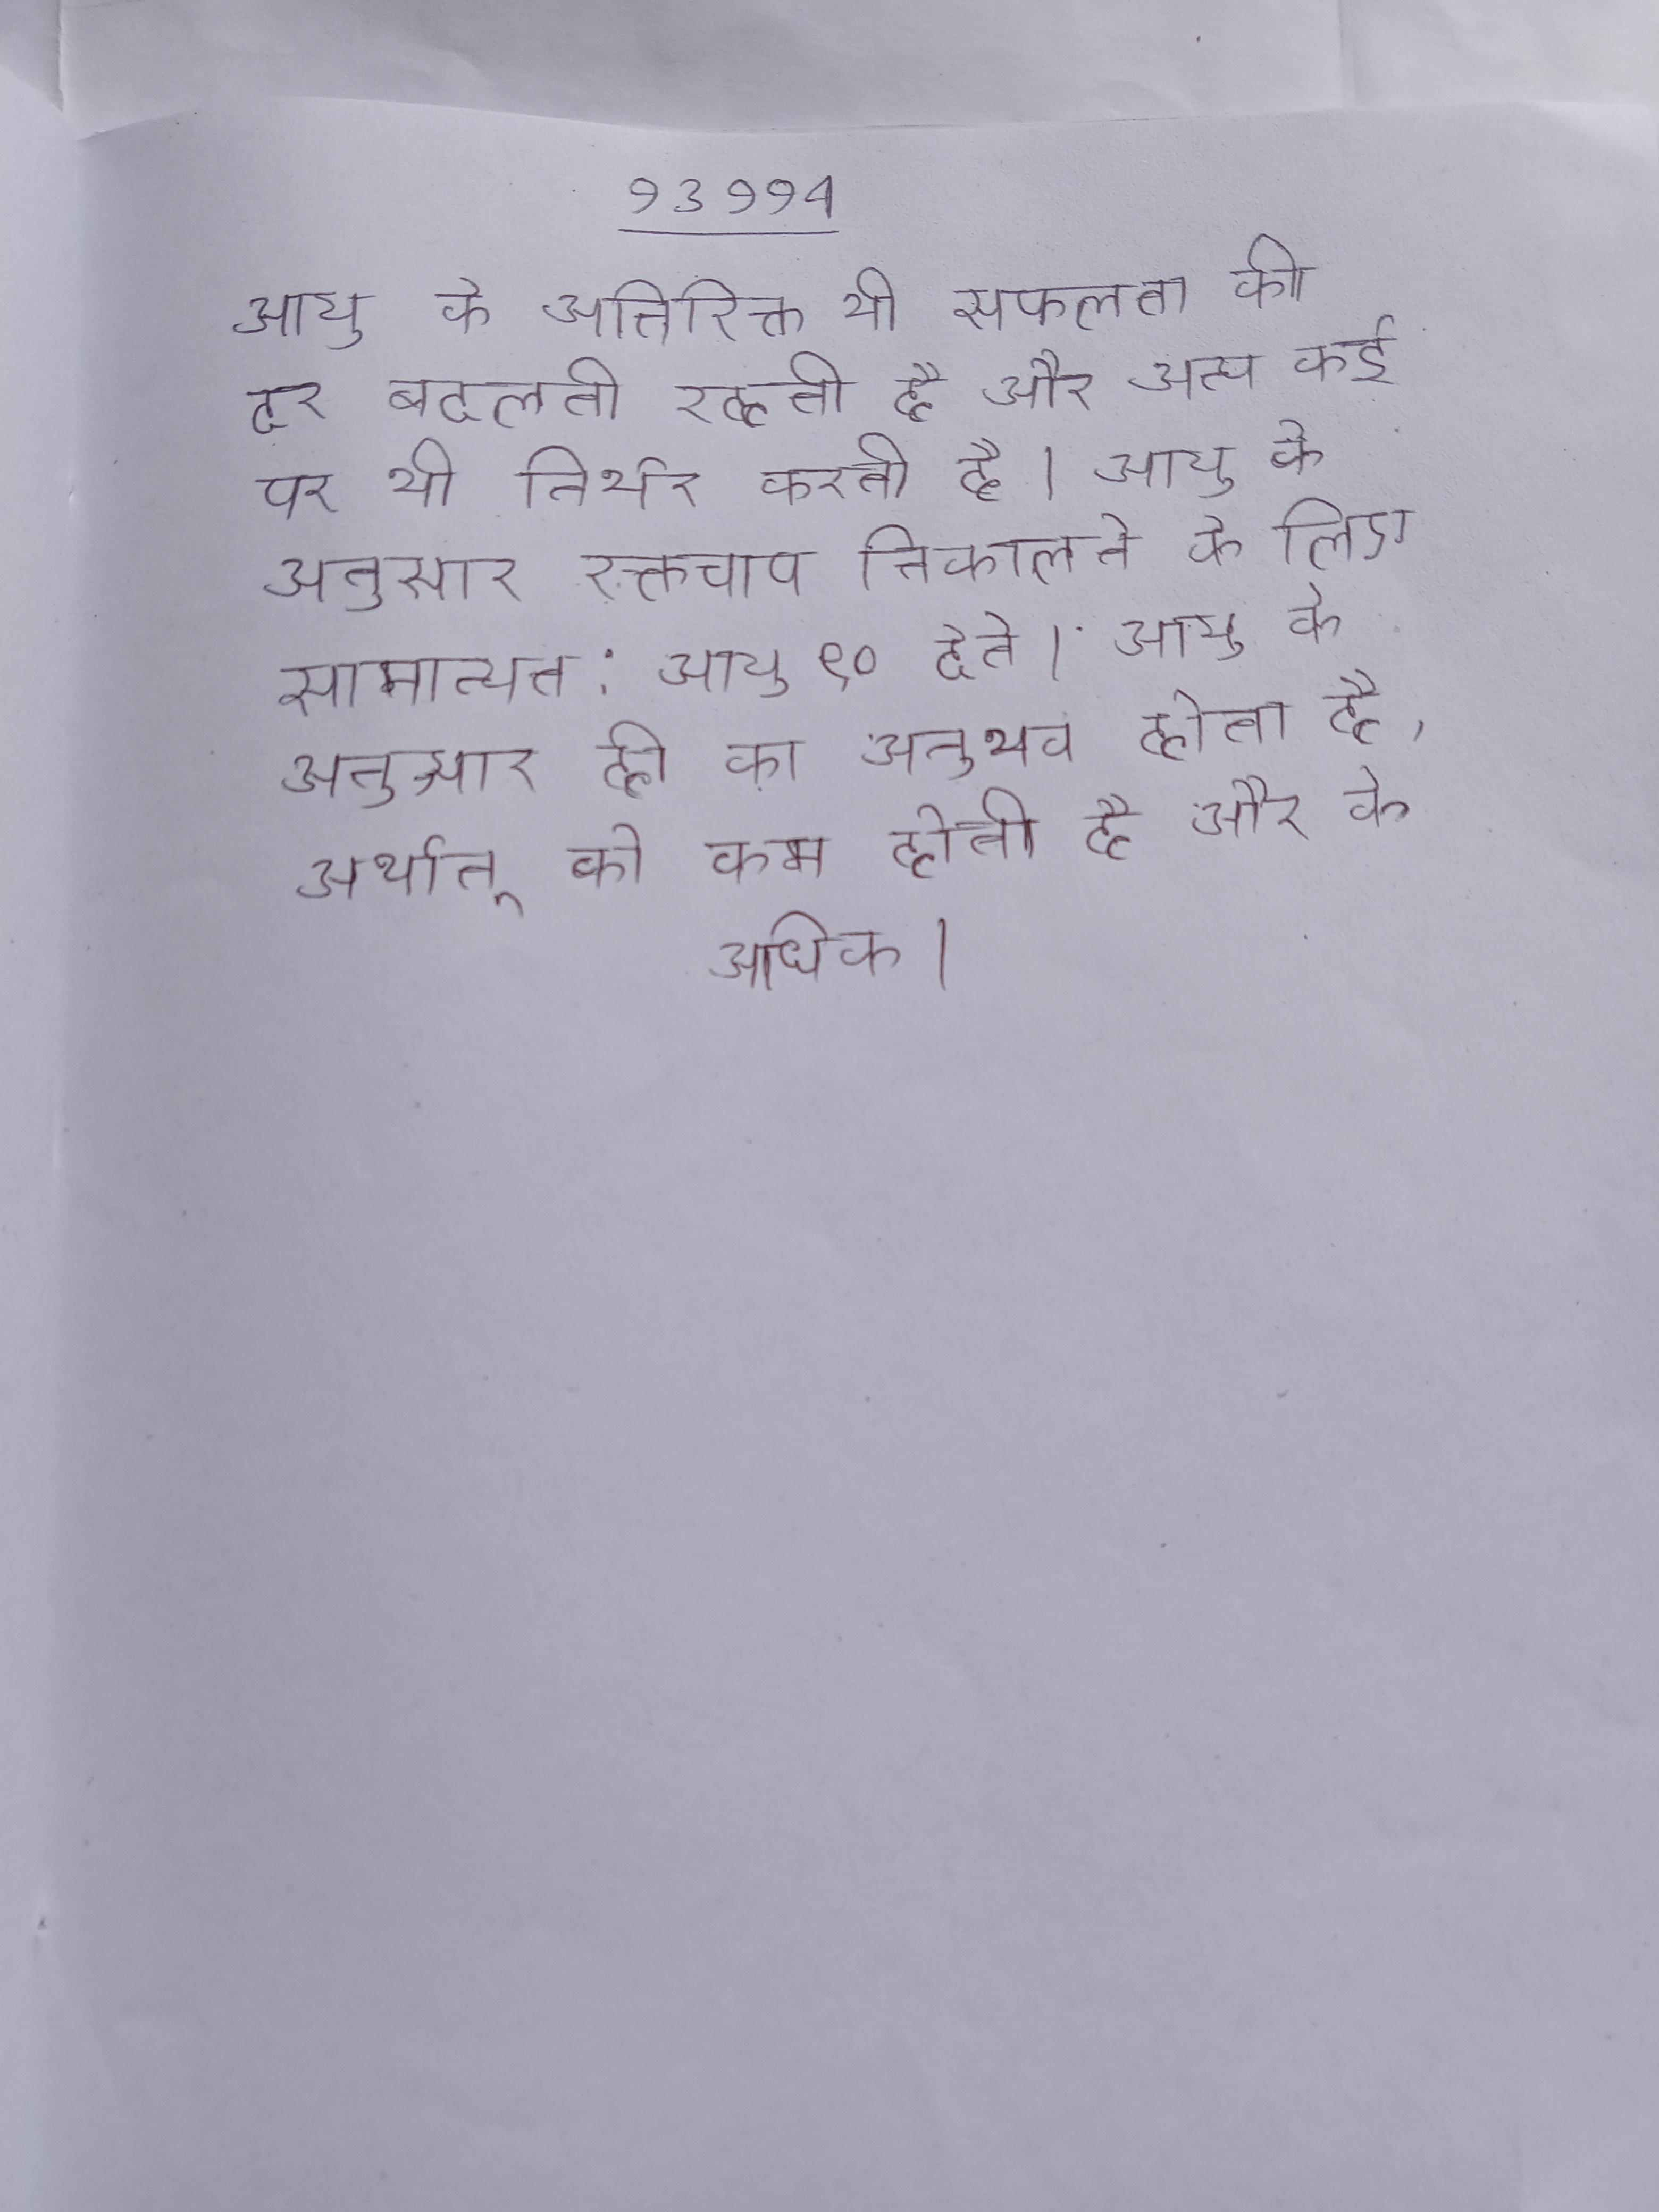
आयु के अतिरिक्त भी सफलता की दर बदलती रहती है और अन्य कई पर भी निर्भर करती है । आयु के अनुसार रक्तचाप निकालने के लिए सामान्यत: आयु ९० देते । आयु के अनुसार ही का अनुभव होता है, अर्थात् को कम होती है और को अधिक ।